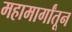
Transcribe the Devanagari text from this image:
महामार्गांतून